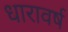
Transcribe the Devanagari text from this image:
धारावर्ष